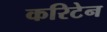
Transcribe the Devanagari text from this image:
करिटेन